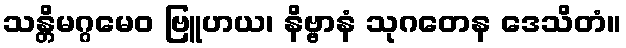
သန္တိမဂ္ဂမေဝ ဗြူဟယ၊ နိဗ္ဗာနံ သုဂတေန ဒေသိတံ။